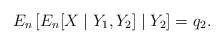
LaTeX: \begin{align*} E_n\left[ E_n[X \mid Y_1,Y_2] \mid Y_2 \right] = q_2.\end{align*}